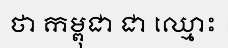
ថា កម្ពុជា ជា ឈ្មោះ